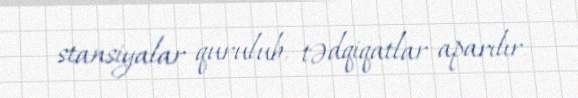
stansiyalar qurulub, tədqiqatlar aparılır.